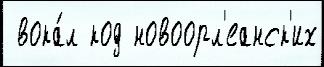
 вока́л код новоорл'еанск'их